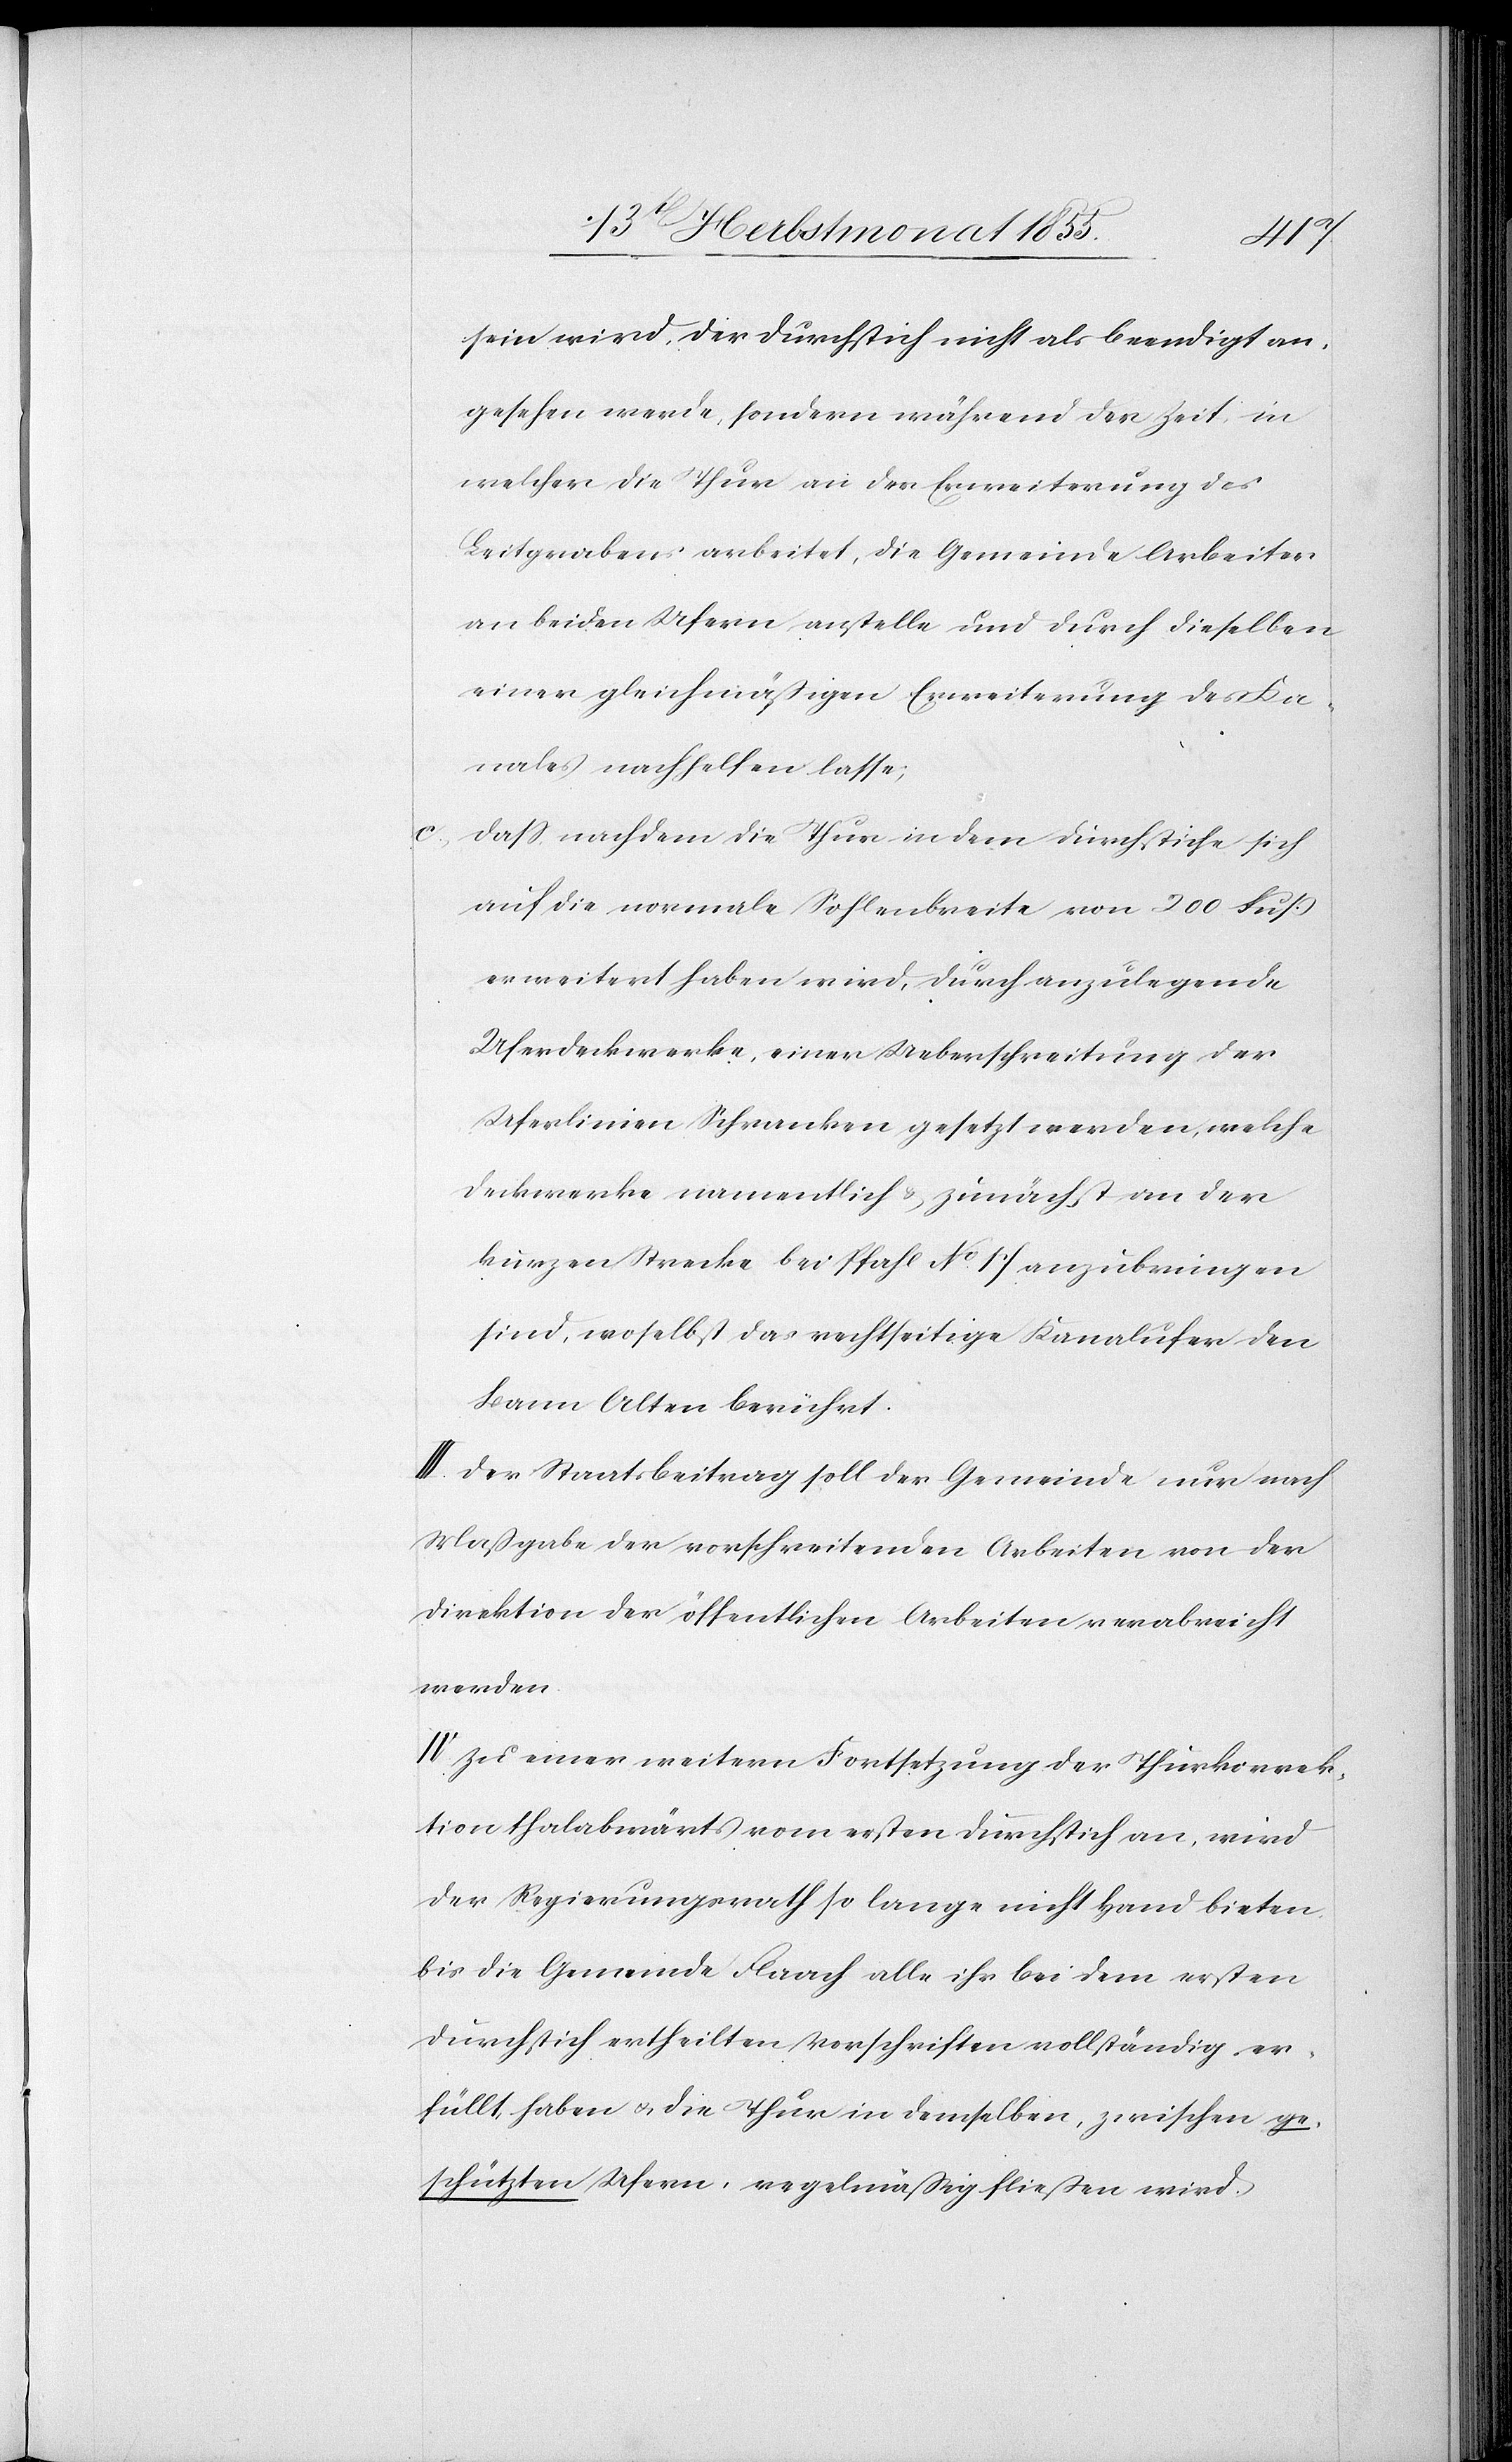
sein wird, der Durchstich nicht als beendigt an¬
gesehen werde, sondern während der Zeit, in
welcher die Thur an der Erweiterung des
Leitgrabens arbeitet, die Gemeinde Arbeiter
an beiden Ufern anstelle und durch dieselben
einer gleichmäßigen Erweiterung des Ka¬
nales nachhelfen lasse;
dass, nachdem die Thur in dem Durchstiche sich
auf die normale Sohlenbreite von 200 Fuß
erweitert haben wird, durch anzulegende
Uferdeckwerke, einer Ueberschreitung der
Uferlinien Schranken gesetzt werden, welche
Deckwerke namentlich & zunächst an der
kurzen Strecke bei Pfahl No 17 anzubringen
sind, woselbst das rechtseitige Kanalufer den
Bann Alten berührt.
III. Der Staatsbeitrag soll der Gemeinde nur nach
Maßgabe der vorschreitenden Arbeiten von der
Direktion der öffentlichen Arbeiten verabreicht
werden.
IV. Zu einer weitern Fortsetzung der Thurkorrek¬
tion thalabwärts vom ersten Durchstich an, wird
der Regierungsrath so lange nicht Hand bieten
bis die Gemeinde Flaach alle ihr bei dem ersten
Durchstich ertheilten Vorschriften vollständig er¬
füllt haben & die Thur in demselben, zwischen ge¬
schützten Ufern, regelmäßig fließen wird.